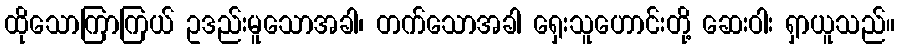
ထိုသောကြာကြယ် ဥဒည်းမူသောအခါ၊ တက်သောအခါ ရှေးသူဟောင်းတို့ ဆေးဝါး ရှာယူသည်။